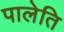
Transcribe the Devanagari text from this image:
पालेति